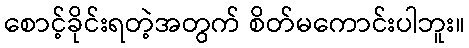
စောင့်ခိုင်းရတဲ့အတွက် စိတ်မကောင်းပါဘူး။